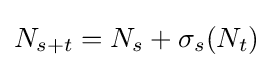
N_{s+t}=N_{s}+\sigma _{s}(N_{t})